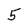
Character: 5